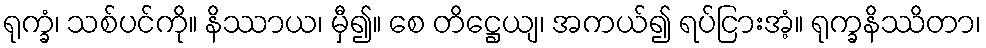
ရုက္ခံ၊ သစ်ပင်ကို။ နိဿာယ၊ မှီ၍။ စေ တိဋ္ဌေယျ၊ အကယ်၍ ရပ်ငြားအံ့။ ရုက္ခနိဿိတာ၊